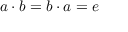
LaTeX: a \cdot b = b \cdot a = e